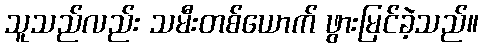
သူသည်လည်း သမီးတစ်ယောက် ဖွားမြင်ခဲ့သည်။